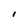
Character: I